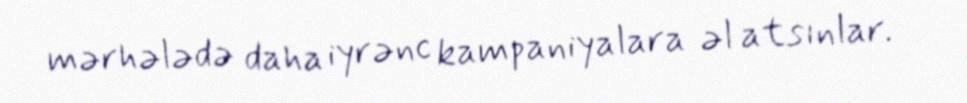
mərhələdə daha iyrənc kampaniyalara əl atsınlar.